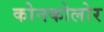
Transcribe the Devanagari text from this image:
कोनकोलोर